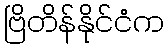
ဗြိတိန်နိုင်ငံက